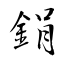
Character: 鋗